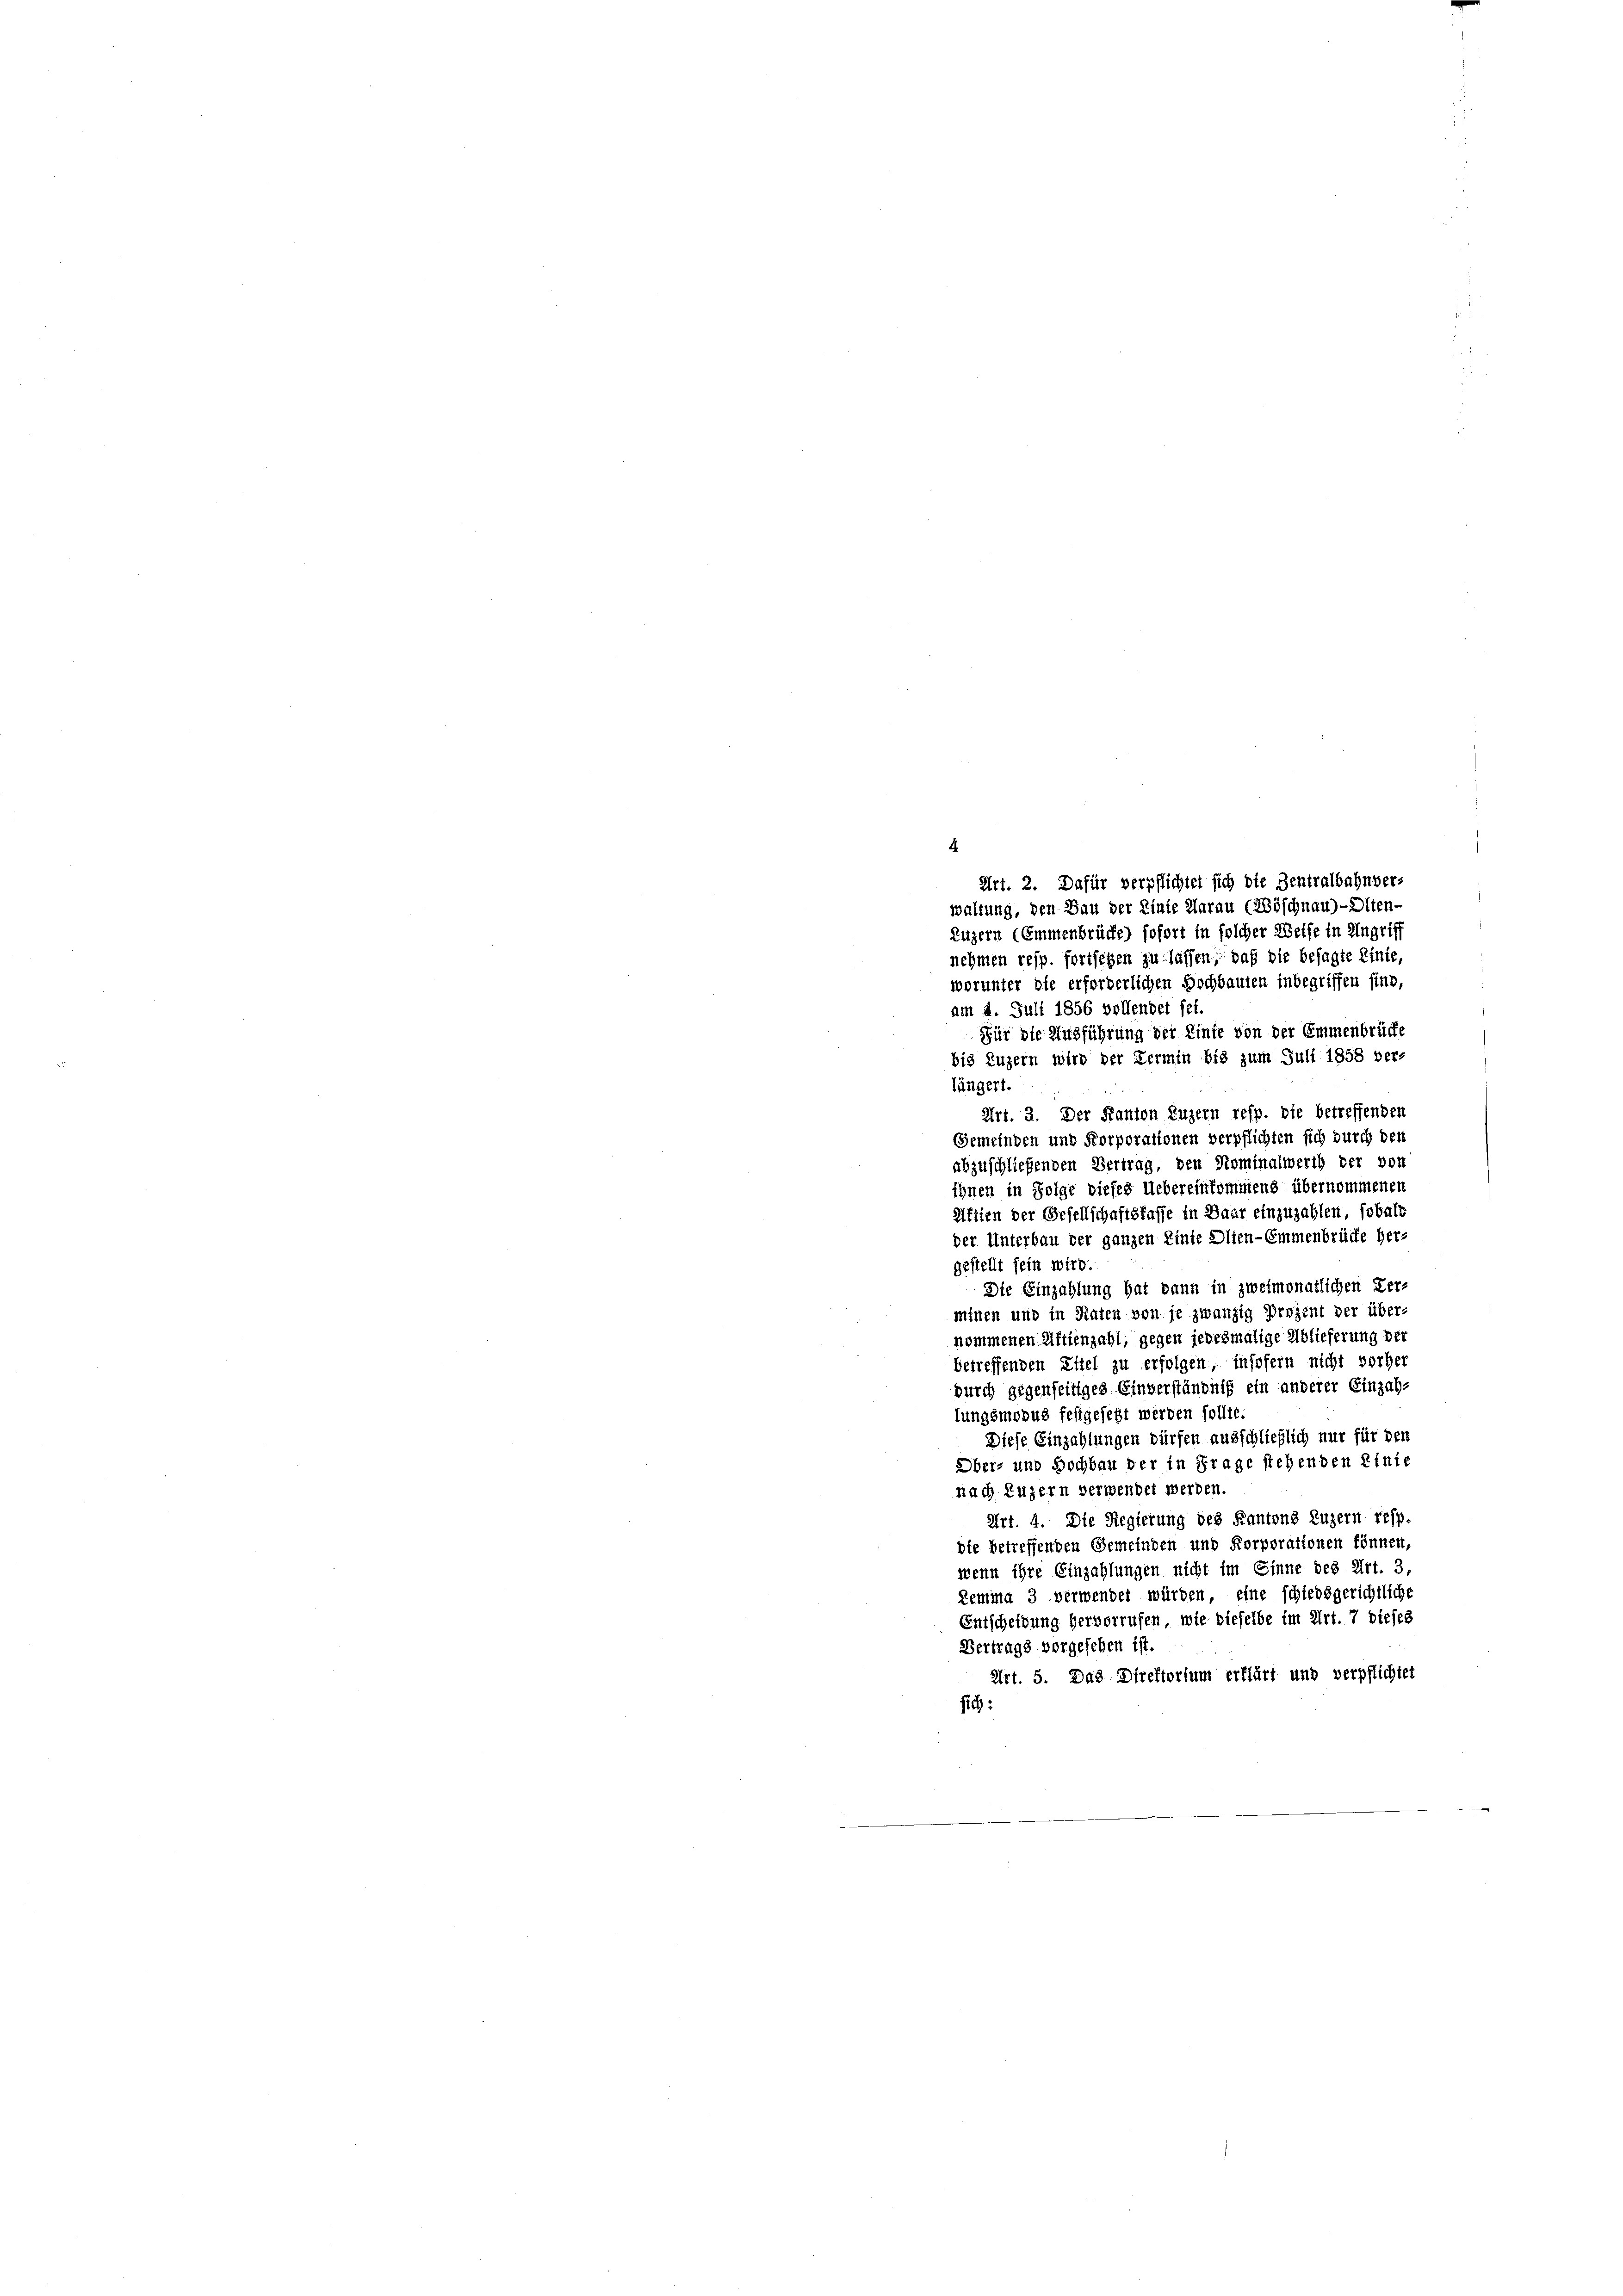
4
Art. 2. Dafür verpflichtet sich die Zentralbahnver-
waltung, den Bau der Linie darau (Nöschnau)- Olten-
Luzern (Emmenbrücke) sofort in solcher Weise in Angriff
nehmen resp. fortsehen zu lassen, daß die besagte Linie,
worunter die erforderlichen Hochbauten inbegriffen sind,
am 4. Juli 1856 vollendet sei.
Für die Ausführung der Linie von der Emmenbrücke
bis Luzern wird der Termin bis zum Juli 1858 ver-
längert.
Art. 2. Der Kanton Luzern resp. die betreffenden
Gemeinden und Korporationen verpflichten sich durch den
abzuschließenden Vertrag, den Nominalwerth der von
ihnen in Folge dieses Uebereinkommens übernommenen
Aftien der Gesellschaftskasse in Baar einzuzahlen, sobald
der Unterbau der ganzen Einte Olten-Emmenbrücke her-
gestellt sein wird.
Die Einzahlung hat kann in zweimonatlichen Zer-
minen und in Raten von je zwanzig Prozent der über-
nommenen Aftienzahl; gegen jedesmalige Ablieferung der
betreffenden Eitel zu erfolgen, insofern nicht vorher
durch gegenseitiges Einverständnis ein anderer Einzah-
lungsmodus festgesetzt werden sollte.
Diese Einzahlungen dürfen ausschließlich nur für den
Ober- und Hochbau der in Frage stehenden Linie
nach Luzern verwendet werden.
Art. 4. Die Regierung des Kantons Luzern resp
die betreffenden Gemeinden und Korporationen können,
wenn ihre Einzahlungen nicht im Sinne des Art. 3
Lemma 3 verwendet würden, eine schiedsgerichtliche
Entscheidung hervorrufen, wie diefelbe im Art. 7 dieses
Vertrags vorgesehen ist.
Art. 5. Das Direktorium erklärt und verpflichtet
sich: